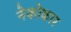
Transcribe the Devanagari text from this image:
नेकोकार